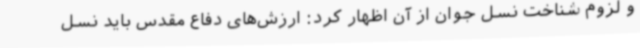
و لزوم شناخت نسل جوان از آن اظهار کرد: ارزش‌های دفاع مقدس باید نسل